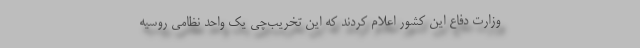
وزارت دفاع این کشور اعلام کردند که این تخریب‌چی یک واحد نظامی روسیه